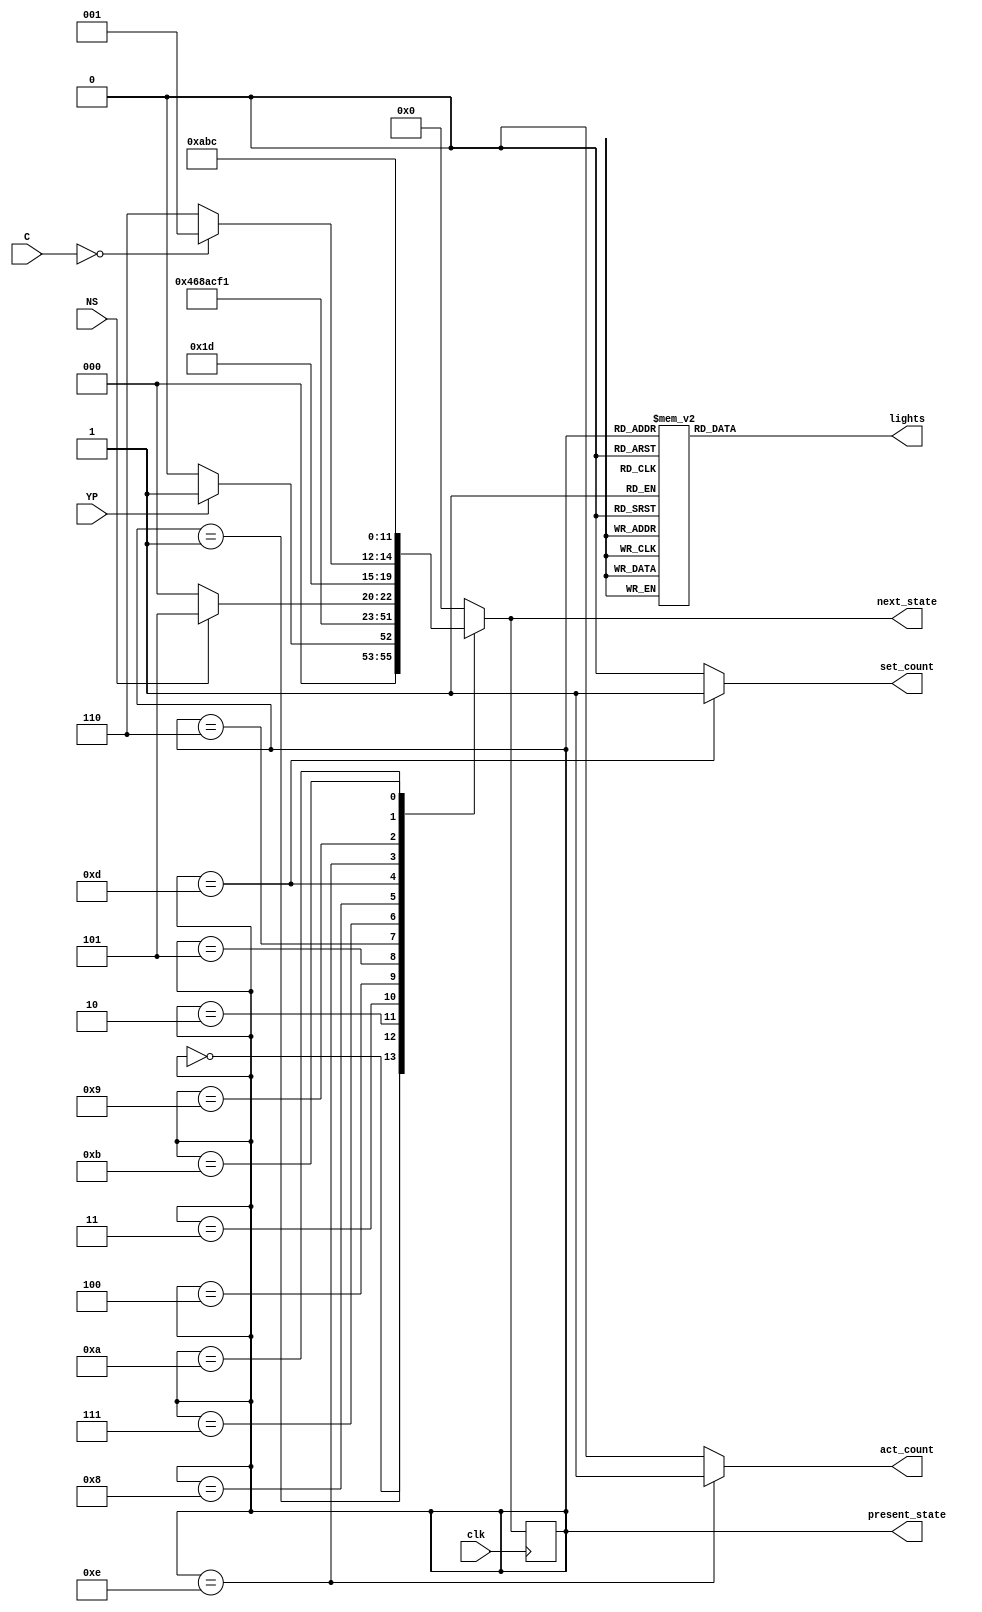
module hawk_controller(
input clk, input YP, input NS, input [3:0] C,
output reg [3:0] lights,
output reg [3:0] present_state,
output reg [3:0] next_state,
output reg set_count,
output reg act_count
);


   
parameter   S0  = 4'b0000,
            S1  = 4'b0001,
            S2  = 4'b0010,
            S3  = 4'b0011,
            S4  = 4'b0100,
            S5  = 4'b0101,
            S6  = 4'b0110,
            S7  = 4'b0111,
            S8  = 4'b1000,
            S9  = 4'b1001,
            S10 = 4'b1010,
            S11 = 4'b1011,
            S12 = 4'b1100,
            S13 = 4'b1101,
            S14 = 4'b1110;
           
//State Transition
always @(posedge clk)
    present_state <= next_state;
   
//Defining the next state
always @(present_state or YP or NS or C) begin
    set_count = 0; act_count = 0;
    case(present_state)
    S0: if(YP) next_state = S1;
          else next_state = S0;
    S1: next_state = S2;
    S2: next_state = S3;
    S3: next_state = S4;
    S4: next_state = S5;
    S5: next_state = S6;
    S6: next_state = S7;
    S7: next_state = S8;
    S8: if(NS) begin next_state = S13; end
          else next_state = S8;
    S13: begin next_state = S14; set_count = 1; end    
    S14:  begin act_count = 1;
        if(C == 4'b0000) next_state = S9;
        else next_state = S14;
        end
    S9: next_state = S10;
    S10: next_state = S11;
    S11: next_state = S12;
    S12: next_state = S0;
   
    default: next_state = S0;
  endcase
  end
 
always @(present_state) begin
    case(present_state)
        S0:     lights <= 12'h00;
        S1:     lights <= 12'h2A;
        S2:     lights <= 12'h32;
        S3:     lights <= 12'h4A;
        S4:     lights <= 12'h52;
        S5:     lights <= 12'h6A;
        S6:     lights <= 12'h7A;
        S7:     lights <= 12'h86;
        S8:     lights <= 12'h95;
        S9:     lights <= 12'hA4;
        S10:    lights <= 12'hB2;
        S11:    lights <= 12'hC4;
        S12:    lights <= 12'h02;
     
        default: lights <= 12'h0000;
        endcase
        end
    endmodule